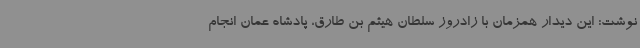
نوشت: این دیدار همزمان با زادروز سلطان هیثم بن طارق، پادشاه عمان انجام